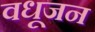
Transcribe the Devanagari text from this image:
वधूजन